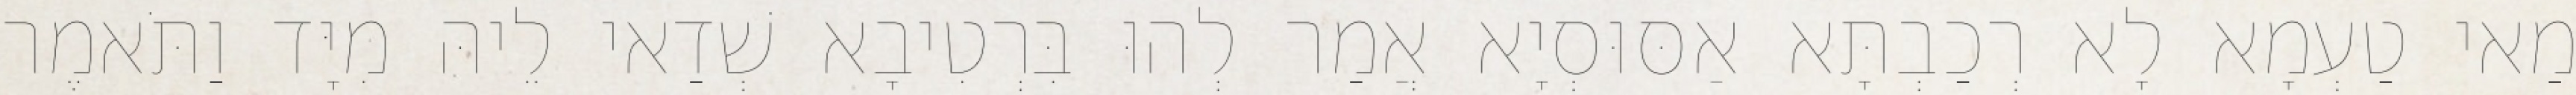
מַאי טַעְמָא לָא רְכַבְתָּא אַסּוּסְיָא אֲמַר לְהוּ בִּרְטִיבָא שְׁדַאי לֵיהּ מִיָּד וַתֹּאמֶר